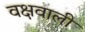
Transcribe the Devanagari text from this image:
वक्षवाली